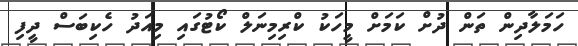
ހަމަލާދިން ތަން ދުށް ކަމަށް މީހަކު ކްރިމިނަލް ކޯޓުގައި މިއަދު ހެކިބަސް ދީފި